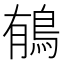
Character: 䳑